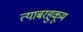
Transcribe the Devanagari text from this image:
त्याबरहुकूम